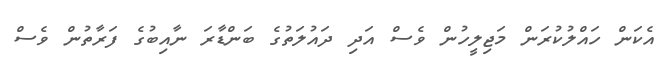
އެކަން ހައްލުކުރަން މަޖިލީހުން ވެސް އަދި ދައުލަތުގެ ބަންޑާރަ ނާއިބުގެ ފަރާތުން ވެސް